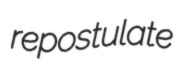
repostulate